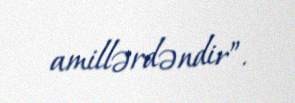
amillərdəndir”.